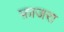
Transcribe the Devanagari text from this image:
फ़ाजरा